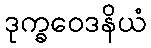
ဒုက္ခဝေဒနိယံ